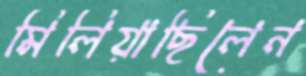
মিলিয়াছিলেন